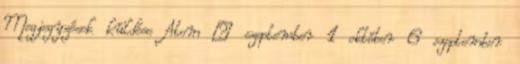
Megjegyzések küldése Atom ▼ szeptember 1 október 6 szeptember